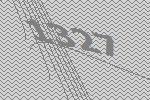
1327